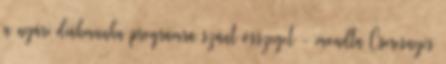
a nyári diákmunka programra szánt összeget - mondta Cseresnyés